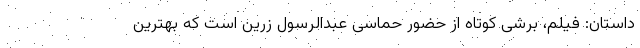
داستان: فیلم، برشی کوتاه از حضور حماسی عبدالرسول زرین است که بهترین